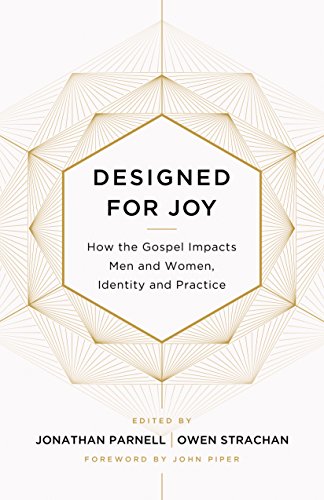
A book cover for Designed for Joy: How the Gospel Impacts Men and Women, Identity and Practice; Religion & Spirituality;